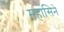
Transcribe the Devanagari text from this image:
महासिने